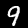
Label: 9